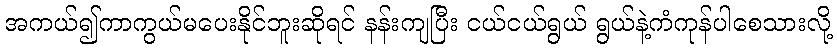
အကယ်၍ကာကွယ်မပေးနိုင်ဘူးဆိုရင် နန်းကျပြီး ငယ်ငယ်ရွယ် ရွယ်နဲ့ကံကုန်ပါစေသားလို့